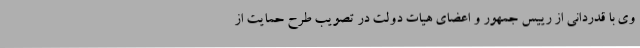
وی با قدردانی از رییس جمهور و اعضای هیات دولت در تصویب طرح حمایت از